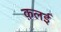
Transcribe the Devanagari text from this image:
क़लई